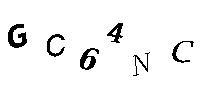
GC64NC